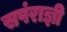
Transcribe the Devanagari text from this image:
सपंराज्ञी